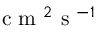
\mathrm { ~ c ~ m ~ } ^ { 2 } \mathrm { ~ s ~ } ^ { - 1 }